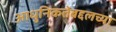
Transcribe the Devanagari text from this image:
आधुनिकतेबद्दलच्या